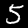
Digit: 5